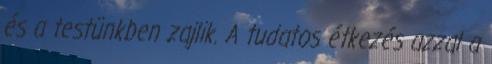
és a testünkben zajlik. A tudatos étkezés azzal a